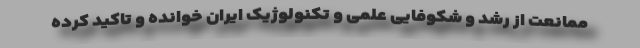
ممانعت از رشد و شکوفایی علمی و تکنولوژیک ایران خوانده و تاکید کرده